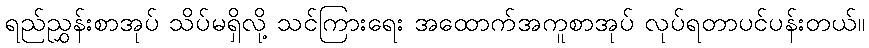
ရည်ညွှန်းစာအုပ် သိပ်မရှိလို့ သင်ကြားရေး အထောက်အကူစာအုပ် လုပ်ရတာပင်ပန်းတယ်။